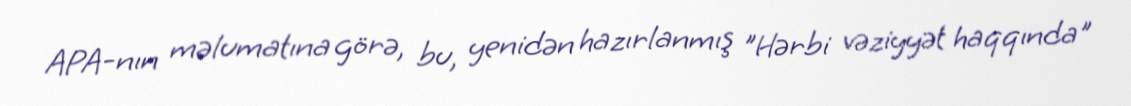
APA-nın məlumatına görə, bu, yenidən hazırlanmış "Hərbi vəziyyət haqqında"